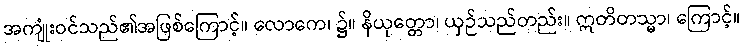
အကျုံးဝင်သည်၏အဖြစ်ကြောင့်။ လောကေ၊ ၌။ နိယုတ္တော၊ ယှဉ်သည်တည်း။ ဣတိတသ္မာ၊ ကြောင့်။